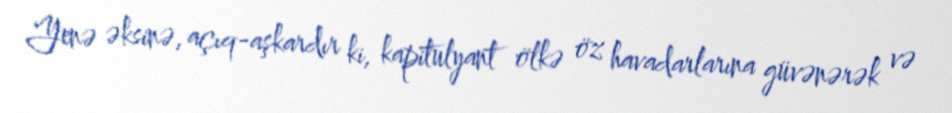
Yenə əksinə, açıq-aşkardır ki, kapitulyant ölkə öz havadarlarına güvənərək və